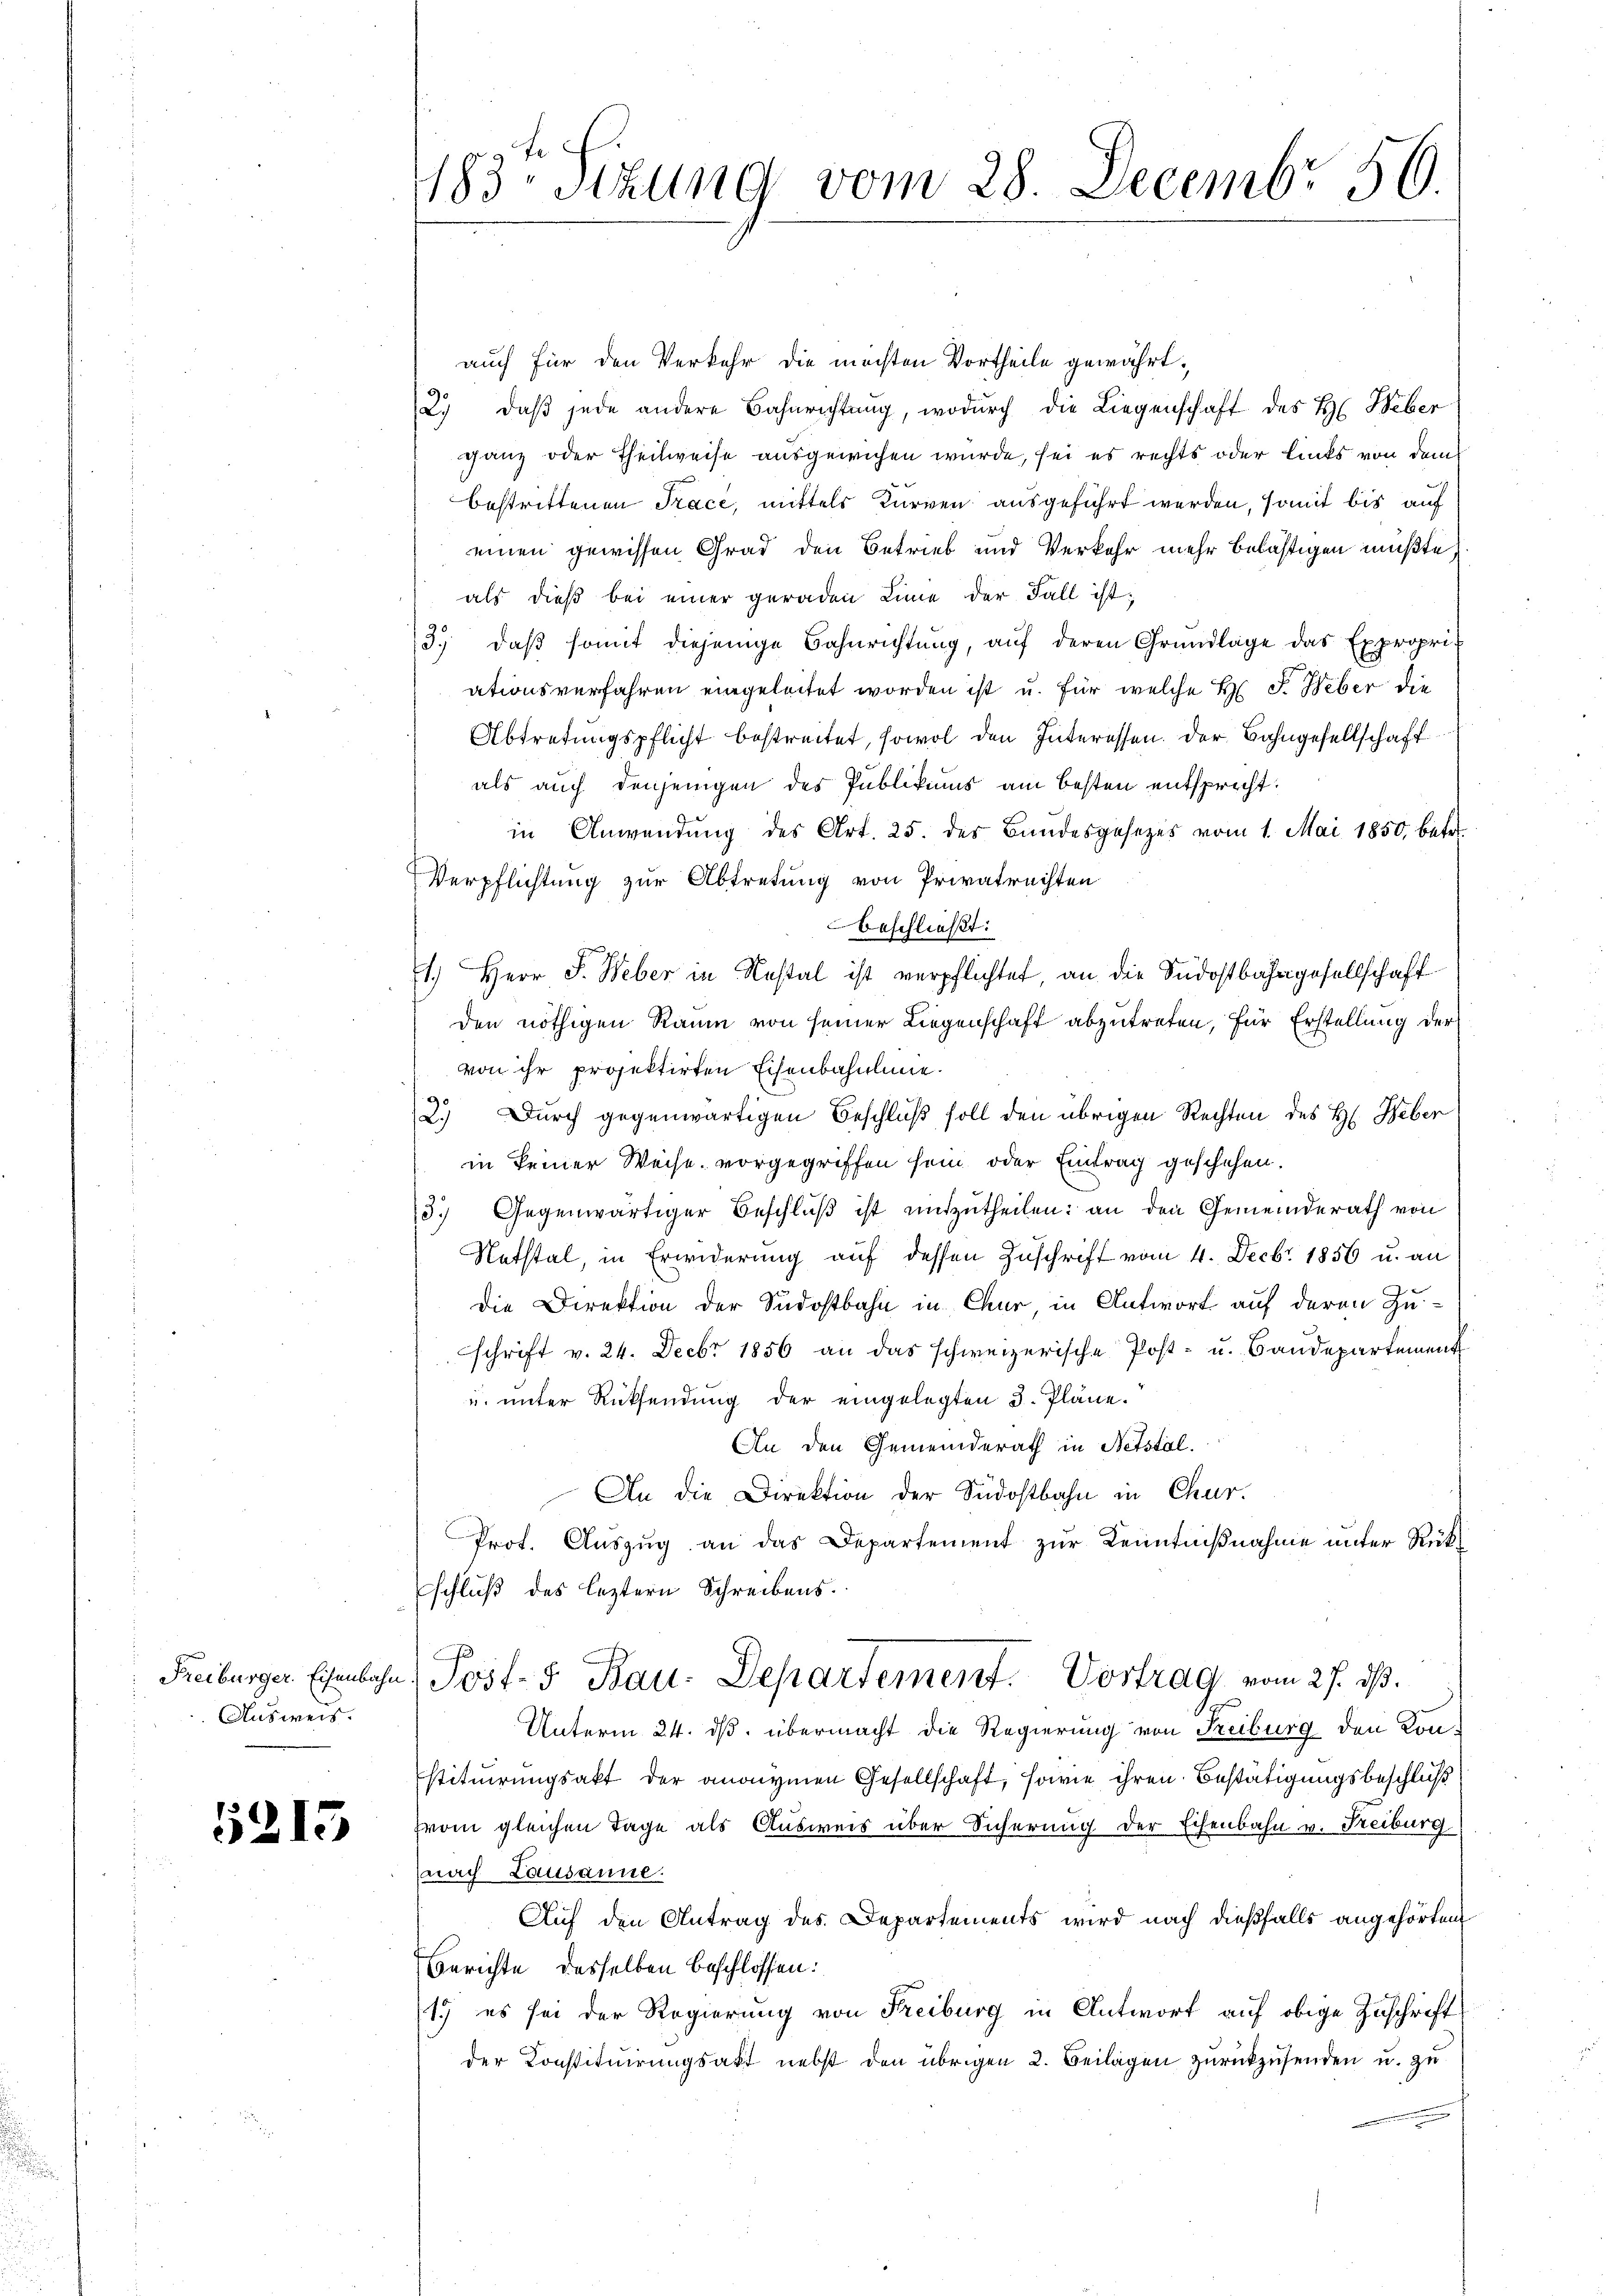
Ausweis.

5215

auch für den Verkehr die möchten Vortheile gewährt,
2. daβ jede andere Bahnrichtung, wodurch die Liegenschaft des H. Heber
ganz oder Theilweise ausgewichen wurde, sei es rechts oder links von dem
bestrittenen Trace, mittels Kurven ausgeführt werden, somit bis auf
einen gewissen Grad den Betrieb und Verkehr mehr belästigen müßte,
als dieß bei einer geraden Linie der Fall ist;
/3. daβ somit diejenige Bahnrichtŭng, aŭf deren Grŭndlage das Expropri
ationsverfahren eingeleitet worden ist u. für welche H. F. Weber die
Abtretungspflicht bestreitet, sowol den Interessen. Der Bahngesellschaft
als auch denjenigen des Publikums am besten entsprecht:
in Anwendung des Art. 25. des Bandesgesezes vom 1. Mai 1850 betr.
Verpflichtung zur Abtretung von Privatrechten
beschließt:
1.) Herr J. Weber in Restal ist verpflichtet, an die Südostbahngesellschaft
den nöthigen Raum von seiner Liegenschaft abzutreten, für Erstellung der
von ihr projektirten Eisenbahnlinie.
2.) Durch gegenwärtigen Beschluß soll den übrigen Rechten des H. Feber
in keiner Weise vorgegriffen sein oder Eintrag geschehen.
13.) Gegenwärtiger Beschluß ist mitzutheilen: an den Gemeinderath von
Natstal, in Erwiderung auf dessen Zuschrift vom 4. Decbr 1856 u. an
Die Direktion der Südostbahn in Chur, in Antwort auf deren Zu-
schrift v. 24. Decbr 1856 an das schweizerische Post- u. Bandepartement
u. unter Rücksendung der eingelegten 3. Pläne.
An den Gemeinderath in Netstal.
An die Direktion der Südostbahn in Chur.
Prot. Auszug an das Departement zur Kenntnißnahme unter Rückschluß des leztern Schreibens.
Freiburger Eisenbahn Post- & Bau-Departement. Vortrag vom 27. ds.
Unterm 24. ds. übermacht die Regierung von Freiburg den Konstituirungsakt der anonymen Gesellschaft, sowie ihren Bestätigungsbeschluß
from gleichen Tage als Ausweis über Sicherung der Eisenbahn v. Freiburg
(nach Lausanne.
Auf den Antrag des Departements wird nach dießfalls angehörten
Berichte desselben beschlossen:
1.) es sei der Regierung von Freiburg in Antwort auf obige Zuschrift
der Konstituirungsakt nebst den übrigen 2. Beilagen zurückzusenden u. zu

183te Sitzung vom 28. Decembr 56.